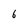
Character: 6